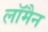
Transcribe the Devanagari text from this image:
लॉमैन